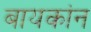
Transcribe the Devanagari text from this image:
बायकांन